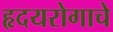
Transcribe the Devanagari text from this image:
हृदयरोगाचे